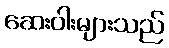
ဆေးဝါးများသည်